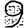
Digit: 9